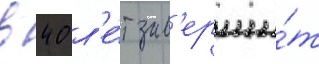
в 40 л'е́т зав'ерши́т